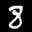
Label: 8